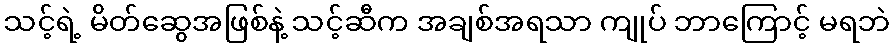
သင့်ရဲ့ မိတ်ဆွေအဖြစ်နဲ့ သင့်ဆီက အချစ်အရသာ ကျုပ် ဘာကြောင့် မရဘဲ